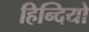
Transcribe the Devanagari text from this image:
हिन्दियो